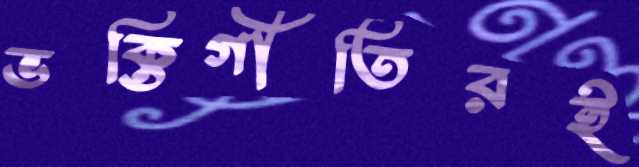
ভক্তিগীতিরই